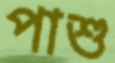
পাশু